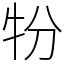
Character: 㸮